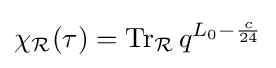
\chi _{\mathcal {R}}(\tau )=\operatorname {Tr} _{\mathcal {R}}q^{L_{0}-{\frac {c}{24}}}